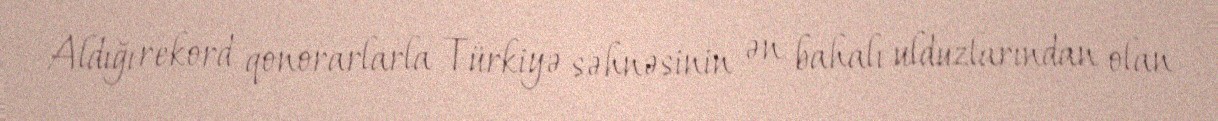
Aldığı rekord qonorarlarla Türkiyə səhnəsinin ən bahalı ulduzlarından olan